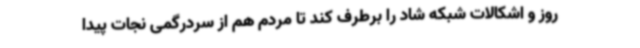
روز و اشکالات شبکه شاد را برطرف کند تا مردم هم از سردرگمی نجات پیدا